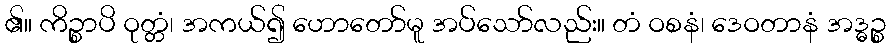
၏။ ကိဉ္စာပိ ဝုတ္တံ၊ အကယ်၍ ဟောတော်မူ အပ်သော်လည်း။ တံ ဝစနံ၊ ဒေဝတာနံ အဒ္ဓဉ္စ